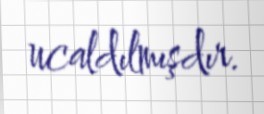
ucaldılmışdır.